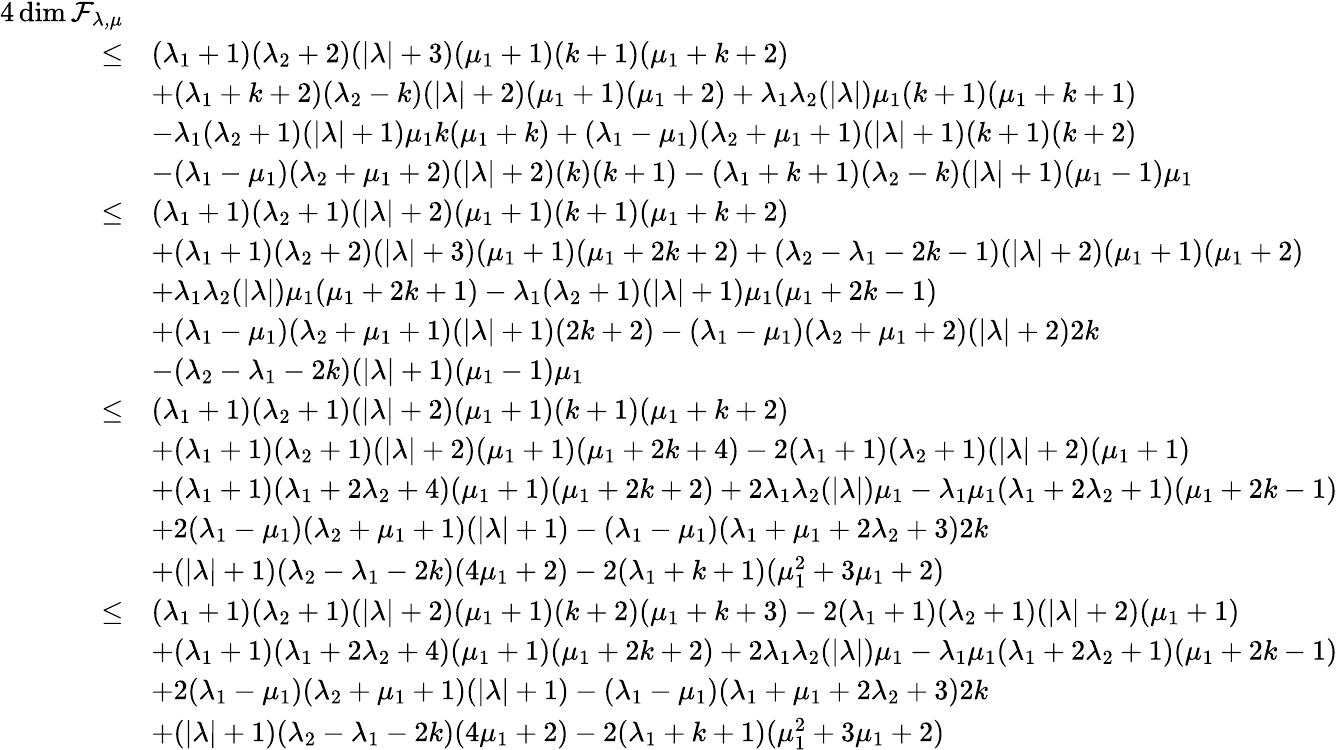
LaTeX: \begin{array}{rl}{4\dim\cal F_{\lambda,\mu}}\\ {\leq}&{(\lambda_{1}+1)(\lambda_{2}+2)(|\lambda|+3)(\mu_{1}+1)(k+1)(\mu_{1}+k+2)}\\ &{+(\lambda_{1}+k+2)(\lambda_{2}-k)(|\lambda|+2)(\mu_{1}+1)(\mu_{1}+2)+\lambda_{1}\lambda_{2}(|\lambda|)\mu_{1}(k+1)(\mu_{1}+k+1)}\\ &{-\lambda_{1}(\lambda_{2}+1)(|\lambda|+1)\mu_{1}k(\mu_{1}+k)+(\lambda_{1}-\mu_{1})(\lambda_{2}+\mu_{1}+1)(|\lambda|+1)(k+1)(k+2)}\\ &{-(\lambda_{1}-\mu_{1})(\lambda_{2}+\mu_{1}+2)(|\lambda|+2)(k)(k+1)-(\lambda_{1}+k+1)(\lambda_{2}-k)(|\lambda|+1)(\mu_{1}-1)\mu_{1}}\\ {\leq}&{(\lambda_{1}+1)(\lambda_{2}+1)(|\lambda|+2)(\mu_{1}+1)(k+1)(\mu_{1}+k+2)}\\ &{+(\lambda_{1}+1)(\lambda_{2}+2)(|\lambda|+3)(\mu_{1}+1)(\mu_{1}+2k+2)+(\lambda_{2}-\lambda_{1}-2k-1)(|\lambda|+2)(\mu_{1}+1)(\mu_{1}+2)}\\ &{+\lambda_{1}\lambda_{2}(|\lambda|)\mu_{1}(\mu_{1}+2k+1)-\lambda_{1}(\lambda_{2}+1)(|\lambda|+1)\mu_{1}(\mu_{1}+2k-1)}\\ &{+(\lambda_{1}-\mu_{1})(\lambda_{2}+\mu_{1}+1)(|\lambda|+1)(2k+2)-(\lambda_{1}-\mu_{1})(\lambda_{2}+\mu_{1}+2)(|\lambda|+2)2k}\\ &{-(\lambda_{2}-\lambda_{1}-2k)(|\lambda|+1)(\mu_{1}-1)\mu_{1}}\\ {\leq}&{(\lambda_{1}+1)(\lambda_{2}+1)(|\lambda|+2)(\mu_{1}+1)(k+1)(\mu_{1}+k+2)}\\ &{+(\lambda_{1}+1)(\lambda_{2}+1)(|\lambda|+2)(\mu_{1}+1)(\mu_{1}+2k+4)-2(\lambda_{1}+1)(\lambda_{2}+1)(|\lambda|+2)(\mu_{1}+1)}\\ &{+(\lambda_{1}+1)(\lambda_{1}+2\lambda_{2}+4)(\mu_{1}+1)(\mu_{1}+2k+2)+2\lambda_{1}\lambda_{2}(|\lambda|)\mu_{1}-\lambda_{1}\mu_{1}(\lambda_{1}+2\lambda_{2}+1)(\mu_{1}+2k-1)}\\ &{+2(\lambda_{1}-\mu_{1})(\lambda_{2}+\mu_{1}+1)(|\lambda|+1)-(\lambda_{1}-\mu_{1})(\lambda_{1}+\mu_{1}+2\lambda_{2}+3)2k}\\ &{+(|\lambda|+1)(\lambda_{2}-\lambda_{1}-2k)(4\mu_{1}+2)-2(\lambda_{1}+k+1)(\mu_{1}^{2}+3\mu_{1}+2)}\\ {\leq}&{(\lambda_{1}+1)(\lambda_{2}+1)(|\lambda|+2)(\mu_{1}+1)(k+2)(\mu_{1}+k+3)-2(\lambda_{1}+1)(\lambda_{2}+1)(|\lambda|+2)(\mu_{1}+1)}\\ &{+(\lambda_{1}+1)(\lambda_{1}+2\lambda_{2}+4)(\mu_{1}+1)(\mu_{1}+2k+2)+2\lambda_{1}\lambda_{2}(|\lambda|)\mu_{1}-\lambda_{1}\mu_{1}(\lambda_{1}+2\lambda_{2}+1)(\mu_{1}+2k-1)}\\ &{+2(\lambda_{1}-\mu_{1})(\lambda_{2}+\mu_{1}+1)(|\lambda|+1)-(\lambda_{1}-\mu_{1})(\lambda_{1}+\mu_{1}+2\lambda_{2}+3)2k}\\ &{+(|\lambda|+1)(\lambda_{2}-\lambda_{1}-2k)(4\mu_{1}+2)-2(\lambda_{1}+k+1)(\mu_{1}^{2}+3\mu_{1}+2)}\end{array}